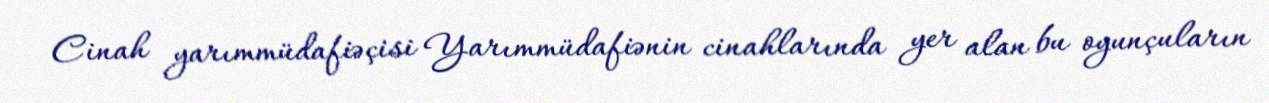
Cinah yarımmüdafiəçisi Yarımmüdafiənin cinahlarında yer alan bu oyunçuların